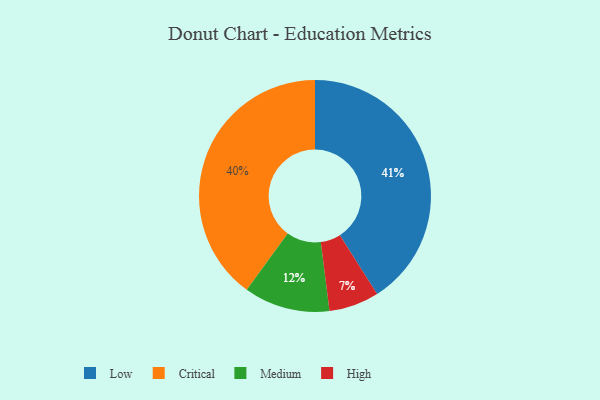
{"axis": {"x": "Category", "y": "Percentage"}, "legend": ["Critical", "High", "Low", "Medium"], "data": [{"x": "High", "y": 7, "type": "High"}, {"x": "Low", "y": 41, "type": "Low"}, {"x": "Critical", "y": 40, "type": "Critical"}, {"x": "Medium", "y": 12, "type": "Medium"}]}